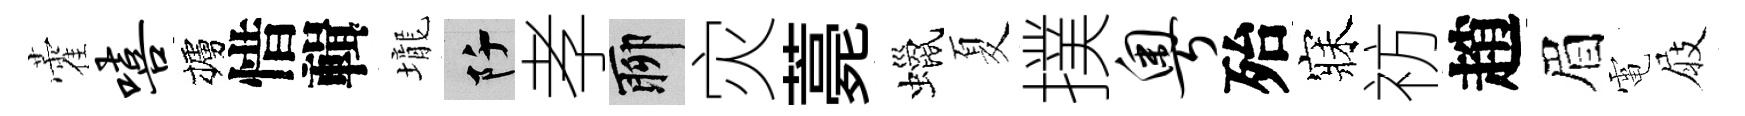
藿嘻櫨惜輯壠阡孝聊灾薧蠟夏撲粤殆寐祊趙眉電屐